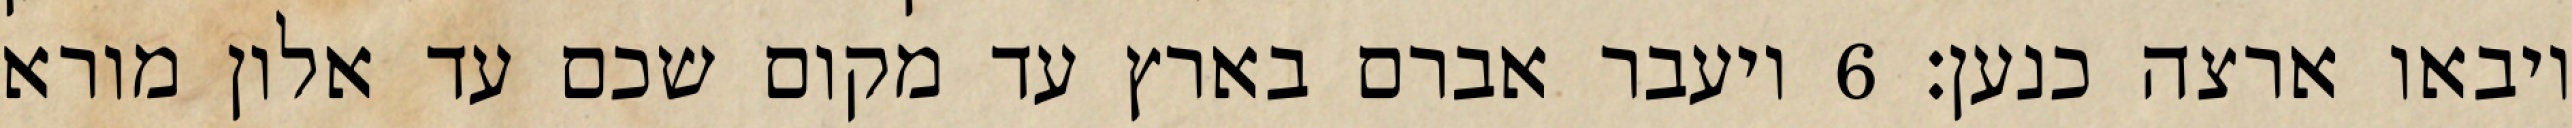
ויבאו ארצה כנען׃ ‎6‏ ויעבר אברם בארץ עד מקום שכם עד אלון מורא